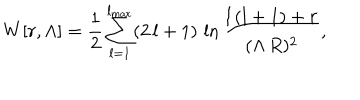
W [ r , \Lambda ] = { \frac { 1 } { 2 } } \sum _ { l = 1 } ^ { l _ { \mathrm { m a x } } } ( 2 \, l + 1 ) \, \ln { \frac { l \, ( l + 1 ) + r } { ( \Lambda \, R ) ^ { 2 } } } ,